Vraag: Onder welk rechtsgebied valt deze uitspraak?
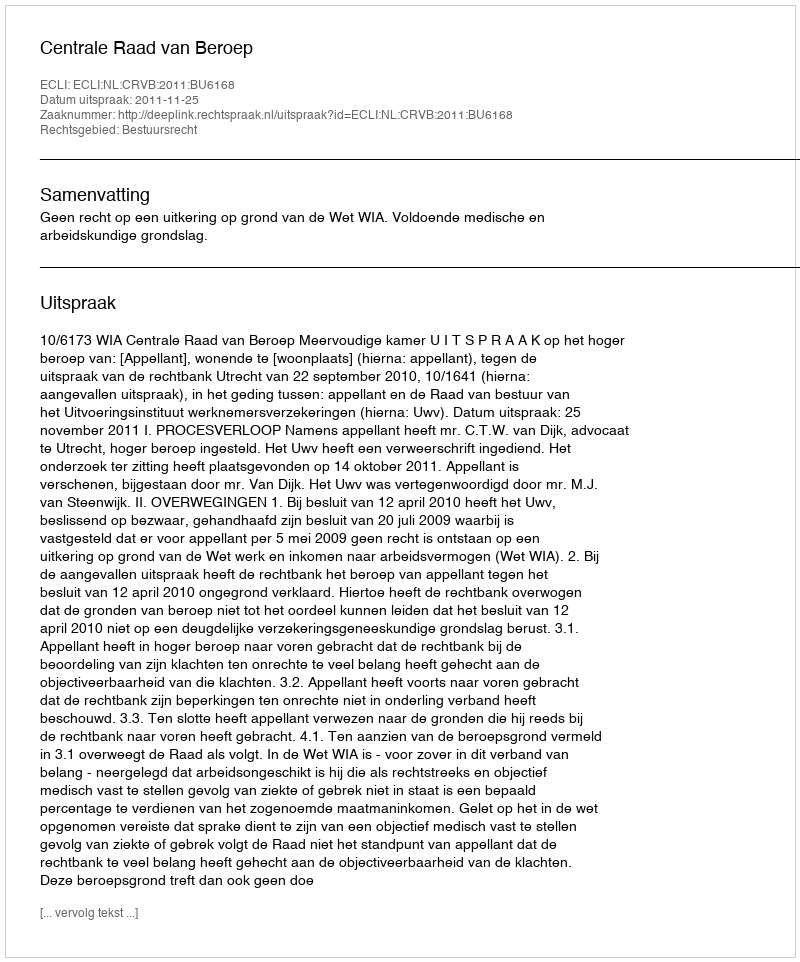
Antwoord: Bestuursrecht